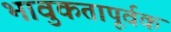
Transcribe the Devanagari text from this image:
भावुकतापूर्वक